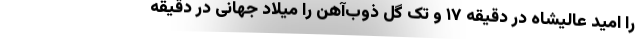
را امید عالیشاه در دقیقه ۱۷ و تک گل ذوب‌آهن را میلاد جهانی در دقیقه